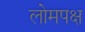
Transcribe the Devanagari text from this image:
लोमपक्ष